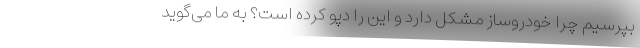
بپرسیم چرا خودروساز مشکل دارد و این را دپو کرده است؟ به ما می‌گوید